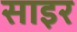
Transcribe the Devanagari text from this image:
साइर